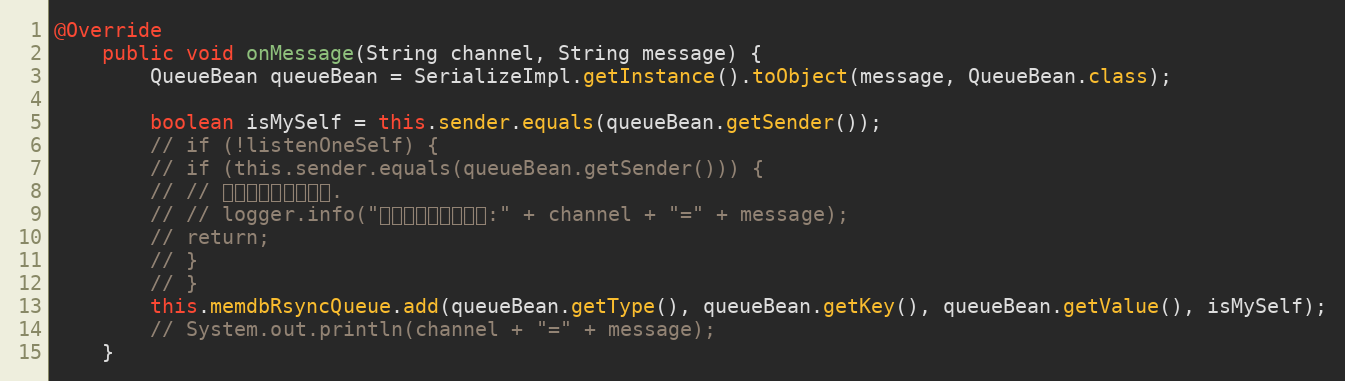
Language: Java
@Override
	public void onMessage(String channel, String message) {
		QueueBean queueBean = SerializeImpl.getInstance().toObject(message, QueueBean.class);

		boolean isMySelf = this.sender.equals(queueBean.getSender());
		// if (!listenOneSelf) {
		// if (this.sender.equals(queueBean.getSender())) {
		// // 忽略自己发送的消息.
		// // logger.info("忽略自己发送的消息:" + channel + "=" + message);
		// return;
		// }
		// }
		this.memdbRsyncQueue.add(queueBean.getType(), queueBean.getKey(), queueBean.getValue(), isMySelf);
		// System.out.println(channel + "=" + message);
	}